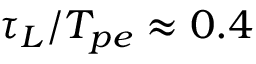
\tau _ { L } / T _ { p e } \approx 0 . 4